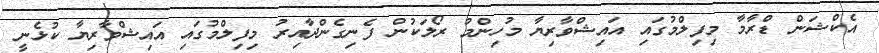
އެކްޝަން ޑްރާމާ މިފިލްމުގައި އައިޝްވާރިޔާ މުހިންމު ރޯލަކުން ފެނިގެންދާއިރު މިފިލްމުގައި އައިޝްވާރިޔާ ކުޅެނީ